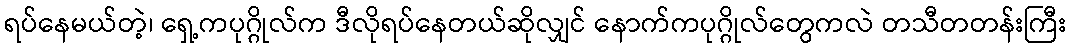
ရပ်နေမယ်တဲ့၊ ရှေ့ကပုဂ္ဂိုလ်က ဒီလိုရပ်နေတယ်ဆိုလျှင် နောက်ကပုဂ္ဂိုလ်တွေကလဲ တသီတတန်းကြီး